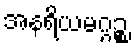
အနရိယမဂ္ဂဉ္စ